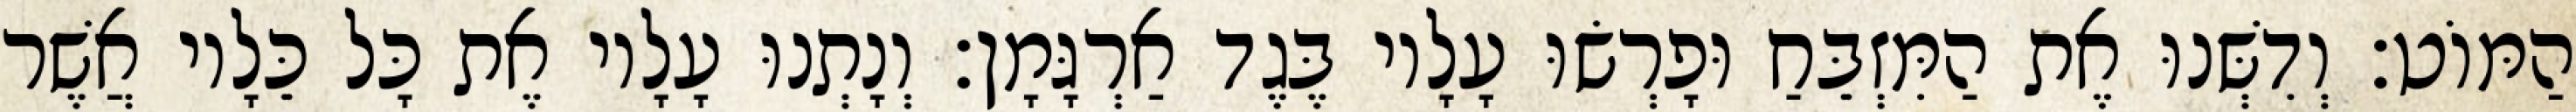
הַמּוֹט׃ וְדִשְּׁנוּ אֶת הַמִּזְבֵּחַ וּפָרְשׂוּ עָלָיו בֶּגֶד אַרְגָּמָן׃ וְנָתְנוּ עָלָיו אֶת כָּל כֵּלָיו אֲשֶׁר